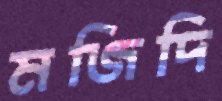
মজিদি